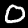
Label: 0